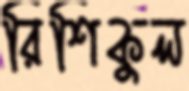
রিশিকুল